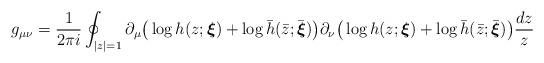
LaTeX: \begin{align*}g_{\mu \nu }=\frac{1}{2\pi i}\oint_{|z|=1}\partial _{\mu }\big(\log {h(z;\boldsymbol{\xi })}+\log {\bar{h}(\bar{z};\bar{\boldsymbol{\xi }})}\big)\partial _{\nu}\big(\log {h(z;\boldsymbol{\xi })}+\log {\bar{h}(\bar{z};\bar{\boldsymbol{\xi }}})\big)\frac{dz}{z}\end{align*}